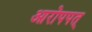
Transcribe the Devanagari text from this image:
आरोपपत्